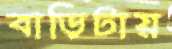
বাড়িটায়